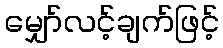
မျှော်လင့်ချက်ဖြင့်